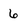
Character: 6